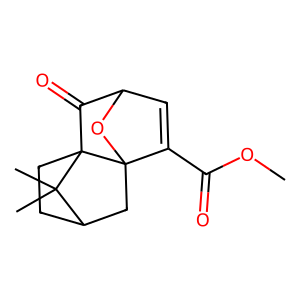
SMILES: COC(=O)C1=CC2OC13CC1CCC3(C2=O)C1(C)C
Inhibits HIV replication: No